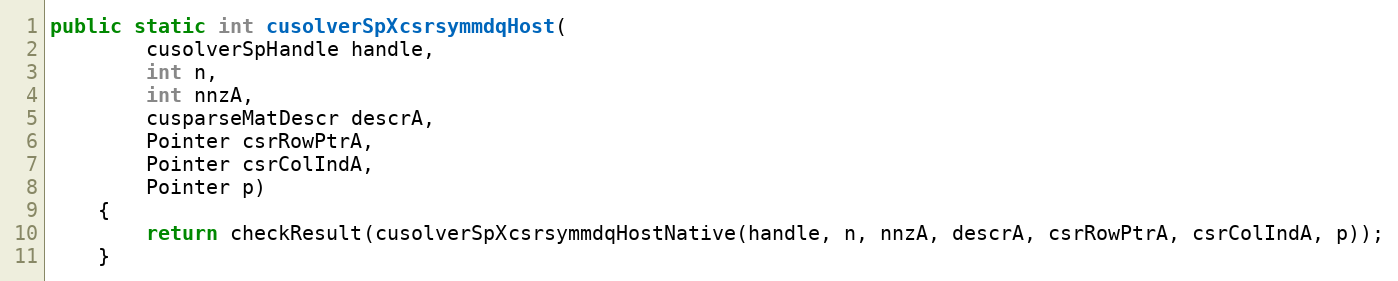
Language: Java
public static int cusolverSpXcsrsymmdqHost(
        cusolverSpHandle handle,
        int n,
        int nnzA,
        cusparseMatDescr descrA,
        Pointer csrRowPtrA,
        Pointer csrColIndA,
        Pointer p)
    {
        return checkResult(cusolverSpXcsrsymmdqHostNative(handle, n, nnzA, descrA, csrRowPtrA, csrColIndA, p));
    }